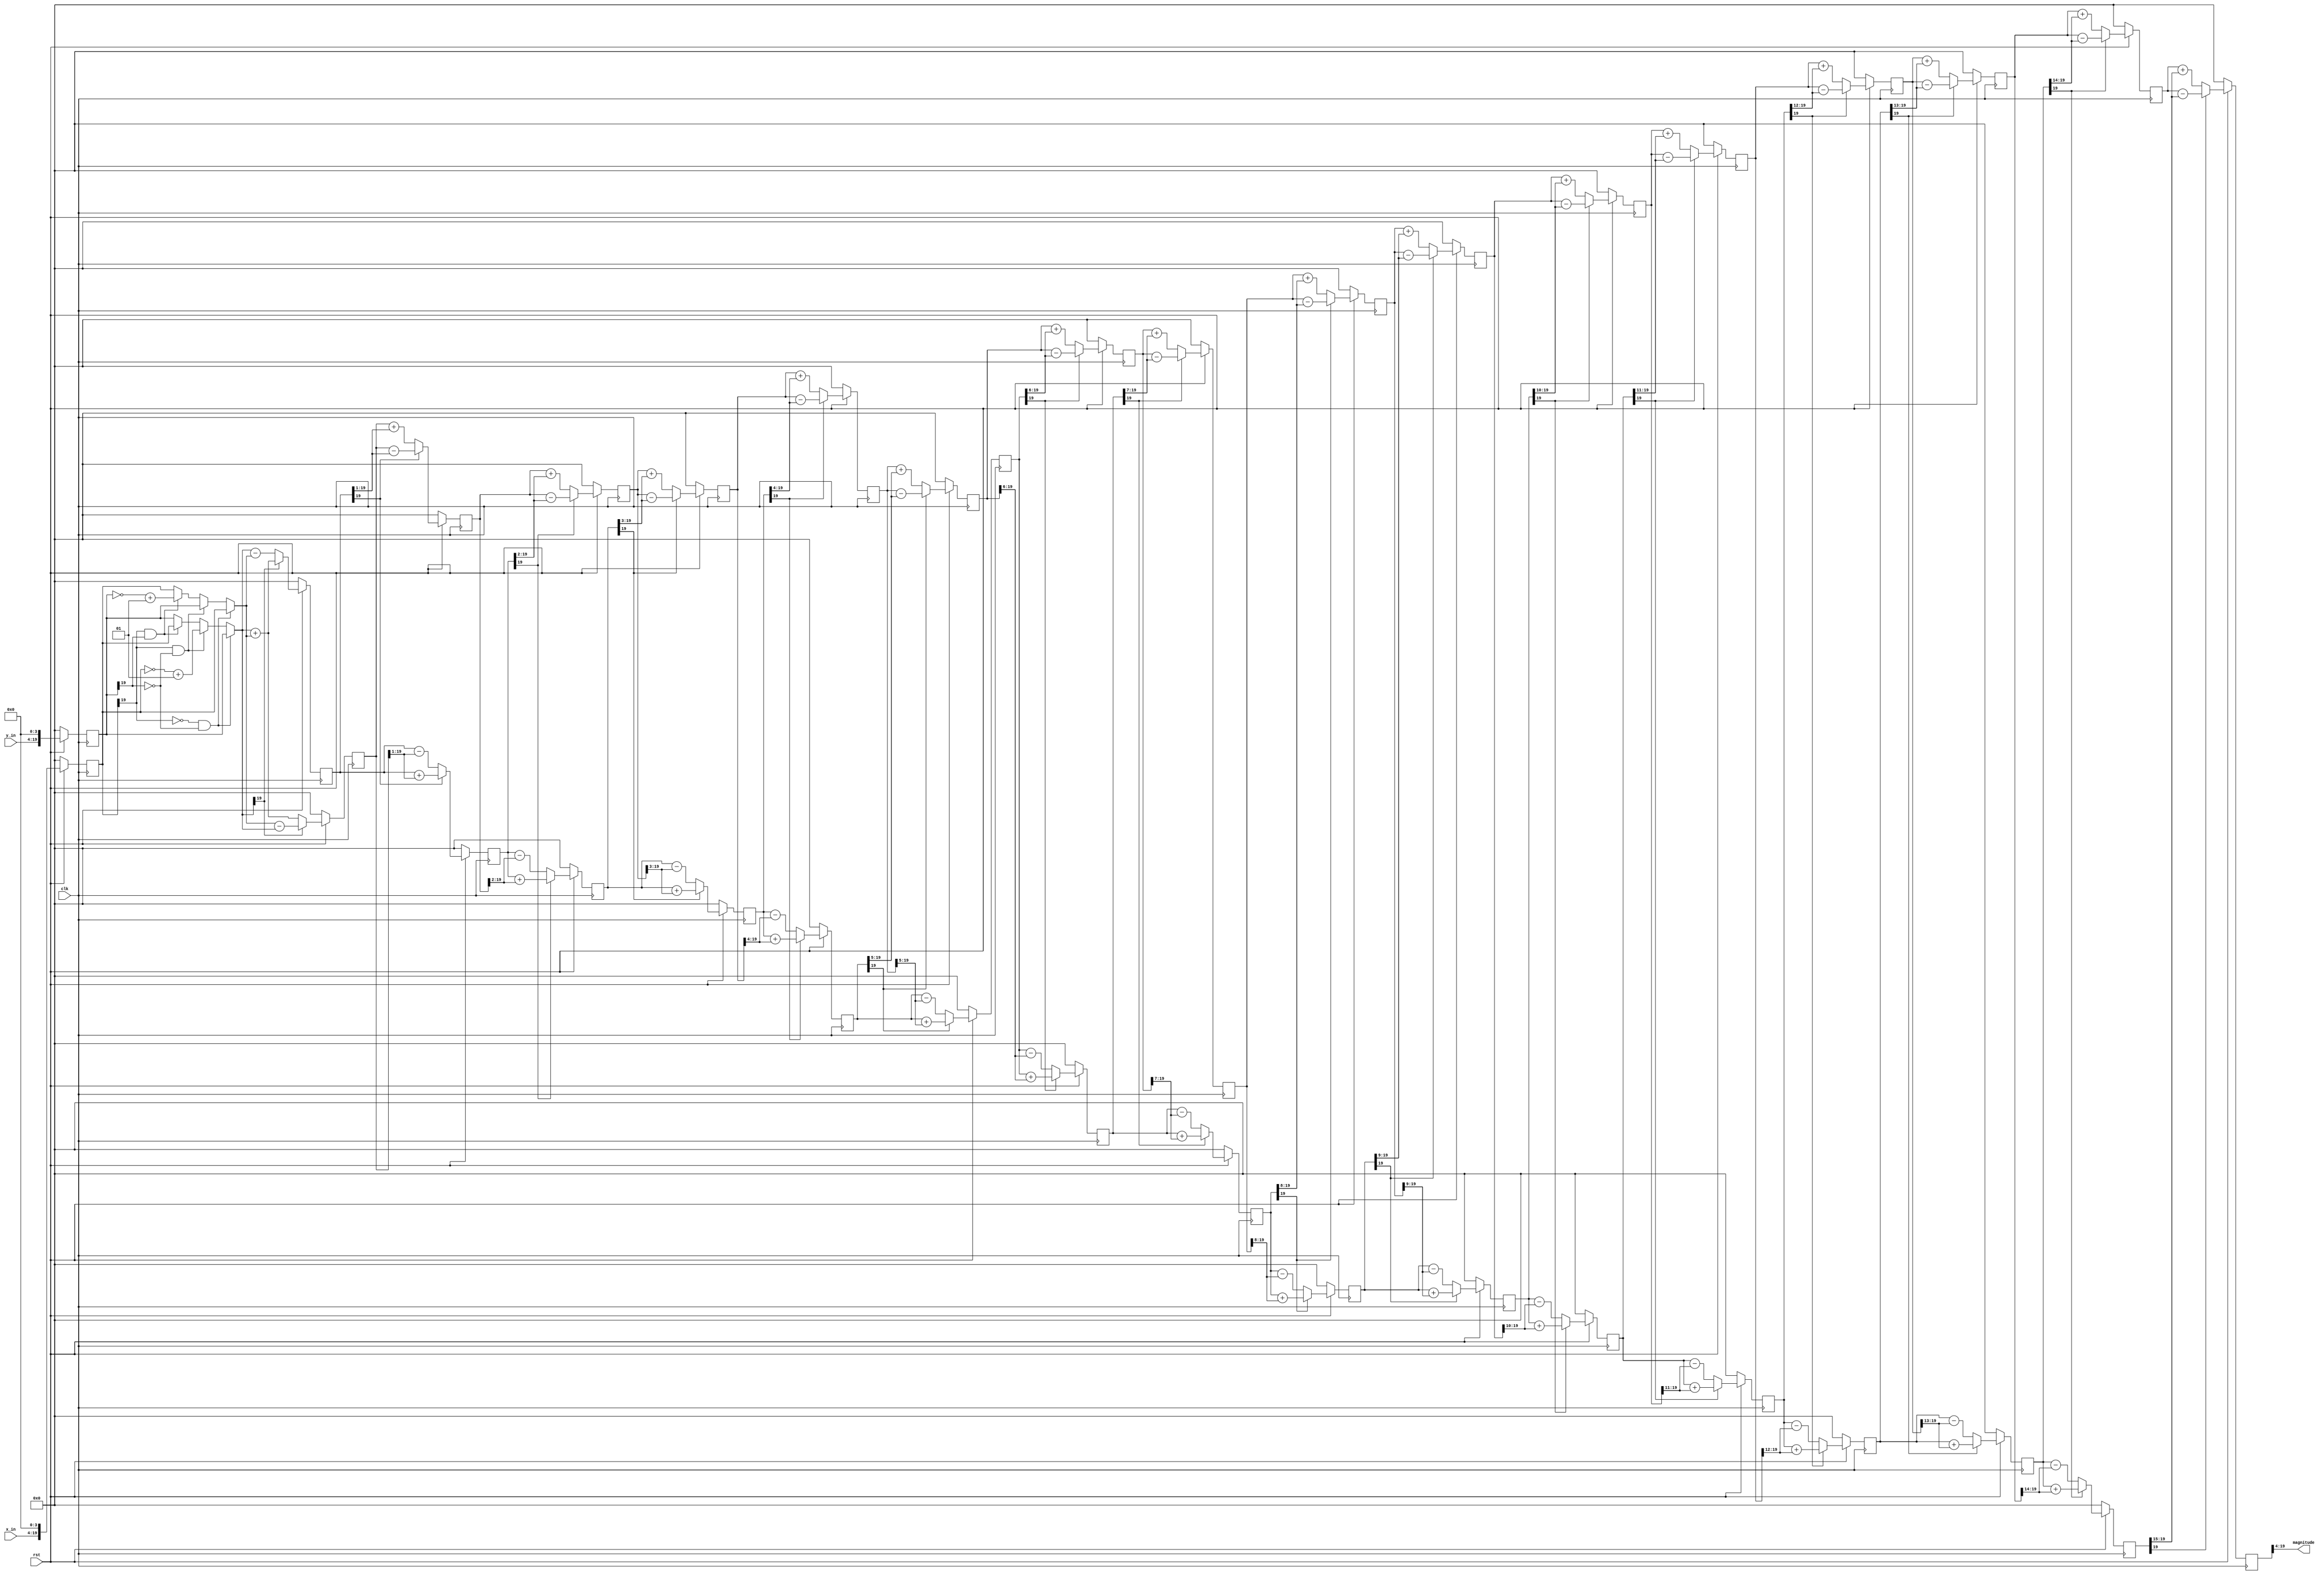
module vector_cordic(clk, rst, x_in, y_in, magnitude);
	input clk, rst;
	input 	signed 	[15:0] x_in, y_in;
	output 	[15:0] magnitude;
	
	//wire or reg declaration
	
	
	reg	signed 	[19:0] x_mux[15:0], y_mux[15:0];
	reg signed  [19:0] x_in_r, y_in_r;
	reg signed  [19:0] x_w[15:0], y_w[15:0];
	reg signed  [19:0] x_r[15:0], y_r[15:0];
	
	
	wire signed [19:0] x_in2,y_in2;
	assign x_in2 = {x_in,4'b0};
	assign y_in2 = {y_in,4'b0};
	
	assign magnitude = x_r[15][19:4];
	
	integer i;
	
	//combinational circuit
	always @(*) begin
		//stage 1
		if(x_in_r[19]==0&&y_in_r[19]==0) begin		//the 1st quadrant
			x_mux[0] = x_in_r;
			y_mux[0] = y_in_r;
		end
		else if(x_in_r[19]==1&&y_in_r[19]==0) begin	//the 2nd quadrant
			x_mux[0] = y_in_r;
			y_mux[0] = ~x_in_r + 1;
		end
		else if(x_in_r[19]==1&&y_in_r[19]==1) begin	//the 3rd quadrant
			x_mux[0] = ~y_in_r + 1;
			y_mux[0] = x_in_r;
		end
		else begin								//the 4th quadrant
			x_mux[0] = x_in_r;
			y_mux[0] = y_in_r;
		end
		
		
		if(y_mux[0][19]==1) begin
			x_w[0] = x_mux[0] - (y_mux[0] >>> 0);
			y_w[0] = y_mux[0] + (x_mux[0] >>> 0);
		end
		else begin
			x_w[0] = x_mux[0] + (y_mux[0] >>> 0);
			y_w[0] = y_mux[0] - (x_mux[0] >>> 0);
		end
		
		//stage 2
		x_mux[1] = x_r[0];
		y_mux[1] = y_r[0];
		
		if(y_mux[1][19]==1) begin
			x_w[1] = x_mux[1] - (y_mux[1] >>> 1);
			y_w[1] = y_mux[1] + (x_mux[1] >>> 1);
		end
		else begin
			x_w[1] = x_mux[1] + (y_mux[1] >>> 1);
			y_w[1] = y_mux[1] - (x_mux[1] >>> 1);
		end
		
		//stage 3
		x_mux[2] = x_r[1];
		y_mux[2] = y_r[1];
		
		if(y_mux[2][19]==1) begin
			x_w[2] = x_mux[2] - (y_mux[2] >>> 2);
			y_w[2] = y_mux[2] + (x_mux[2] >>> 2);
		end
		else begin
			x_w[2] = x_mux[2] + (y_mux[2] >>> 2);
			y_w[2] = y_mux[2] - (x_mux[2] >>> 2);
		end
		
		//stage 4
		x_mux[3] = x_r[2];
		y_mux[3] = y_r[2];
		
		if(y_mux[3][19]==1) begin
			x_w[3] = x_mux[3] - (y_mux[3] >>> 3);
			y_w[3] = y_mux[3] + (x_mux[3] >>> 3);
		end
		else begin
			x_w[3] = x_mux[3] + (y_mux[3] >>> 3);
			y_w[3] = y_mux[3] - (x_mux[3] >>> 3);
		end
		
		//stage 5
		x_mux[4] = x_r[3];
		y_mux[4] = y_r[3];
		
		if(y_mux[4][19]==1) begin
			x_w[4] = x_mux[4] - (y_mux[4] >>> 4);
			y_w[4] = y_mux[4] + (x_mux[4] >>> 4);
		end
		else begin
			x_w[4] = x_mux[4] + (y_mux[4] >>> 4);
			y_w[4] = y_mux[4] - (x_mux[4] >>> 4);
		end
		
		//stage 6
		x_mux[5] = x_r[4];
		y_mux[5] = y_r[4];
		
		if(y_mux[5][19]==1) begin
			x_w[5] = x_mux[5] - (y_mux[5] >>> 5);
			y_w[5] = y_mux[5] + (x_mux[5] >>> 5);
		end
		else begin
			x_w[5] = x_mux[5] + (y_mux[5] >>> 5);
			y_w[5] = y_mux[5] - (x_mux[5] >>> 5);
		end
		
		//stage 7
		x_mux[6] = x_r[5];
		y_mux[6] = y_r[5];
		
		if(y_mux[6][19]==1) begin
			x_w[6] = x_mux[6] - (y_mux[6] >>> 6);
			y_w[6] = y_mux[6] + (x_mux[6] >>> 6);
		end
		else begin
			x_w[6] = x_mux[6] + (y_mux[6] >>> 6);
			y_w[6] = y_mux[6] - (x_mux[6] >>> 6);
		end
		
		//stage 8
		x_mux[7] = x_r[6];
		y_mux[7] = y_r[6];
		
		if(y_mux[7][19]==1) begin
			x_w[7] = x_mux[7] - (y_mux[7] >>> 7);
			y_w[7] = y_mux[7] + (x_mux[7] >>> 7);
		end
		else begin
			x_w[7] = x_mux[7] + (y_mux[7] >>> 7);
			y_w[7] = y_mux[7] - (x_mux[7] >>> 7);
		end
		
		//stage 9
		x_mux[8] = x_r[7];
		y_mux[8] = y_r[7];
		
		if(y_mux[8][19]==1) begin
			x_w[8] = x_mux[8] - (y_mux[8] >>> 8);
			y_w[8] = y_mux[8] + (x_mux[8] >>> 8);
		end
		else begin
			x_w[8] = x_mux[8] + (y_mux[8] >>> 8);
			y_w[8] = y_mux[8] - (x_mux[8] >>> 8);
		end
		
		//stage 10
		x_mux[9] = x_r[8];
		y_mux[9] = y_r[8];
		
		if(y_mux[9][19]==1) begin
			x_w[9] = x_mux[9] - (y_mux[9] >>> 9);
			y_w[9] = y_mux[9] + (x_mux[9] >>> 9);
		end
		else begin
			x_w[9] = x_mux[9] + (y_mux[9] >>> 9);
			y_w[9] = y_mux[9] - (x_mux[9] >>> 9);
		end
		
		//stage 11
		x_mux[10] = x_r[9];
		y_mux[10] = y_r[9];
		
		if(y_mux[10][19]==1) begin
			x_w[10] = x_mux[10] - (y_mux[10] >>> 10);
			y_w[10] = y_mux[10] + (x_mux[10] >>> 10);
		end
		else begin
			x_w[10] = x_mux[10] + (y_mux[10] >>> 10);
			y_w[10] = y_mux[10] - (x_mux[10] >>> 10);
		end
		
		//stage 12
		x_mux[11] = x_r[10];
		y_mux[11] = y_r[10];
		
		if(y_mux[11][19]==1) begin
			x_w[11] = x_mux[11] - (y_mux[11] >>> 11);
			y_w[11] = y_mux[11] + (x_mux[11] >>> 11);
		end
		else begin
			x_w[11] = x_mux[11] + (y_mux[11] >>> 11);
			y_w[11] = y_mux[11] - (x_mux[11] >>> 11);
		end		
		//stage 13
		x_mux[12] = x_r[11];
		y_mux[12] = y_r[11];
		
		if(y_mux[12][19]==1) begin
			x_w[12] = x_mux[12] - (y_mux[12] >>> 12);
			y_w[12] = y_mux[12] + (x_mux[12] >>> 12);
		end
		else begin
			x_w[12] = x_mux[12] + (y_mux[12] >>> 12);
			y_w[12] = y_mux[12] - (x_mux[12] >>> 12);
		end		
		//stage 14
		x_mux[13] = x_r[12];
		y_mux[13] = y_r[12];
		
		if(y_mux[13][19]==1) begin
			x_w[13] = x_mux[13] - (y_mux[13] >>> 13);
			y_w[13] = y_mux[13] + (x_mux[13] >>> 13);
		end
		else begin
			x_w[13] = x_mux[13] + (y_mux[13] >>> 13);
			y_w[13] = y_mux[13] - (x_mux[13] >>> 13);
		end		
		//stage 15
		x_mux[14] = x_r[13];
		y_mux[14] = y_r[13];
		
		if(y_mux[14][19]==1) begin
			x_w[14] = x_mux[14] - (y_mux[14] >>> 14);
			y_w[14] = y_mux[14] + (x_mux[14] >>> 14);
		end
		else begin
			x_w[14] = x_mux[14] + (y_mux[14] >>> 14);
			y_w[14] = y_mux[14] - (x_mux[14] >>> 14);
		end		
		//stage 16
		x_mux[15] = x_r[14];
		y_mux[15] = y_r[14];
		
		if(y_mux[15][19]==1) begin
			x_w[15] = x_mux[15] - (y_mux[15] >>> 15);
			y_w[15] = y_mux[15] + (x_mux[15] >>> 15);
		end
		else begin
			x_w[15] = x_mux[15] + (y_mux[15] >>> 15);
			y_w[15] = y_mux[15] - (x_mux[15] >>> 15);
		end
	end
	
	//sequential circuit
	always@ (posedge clk) begin
		if(~rst) begin
			x_in_r <= 0;
			y_in_r <= 0;
			for(i=0;i<16;i=i+1) begin
			x_r[i] <= 0;
			y_r[i] <= 0;
			end
		end
		else begin
			x_in_r <= x_in2;
			y_in_r <= y_in2;
			for(i=0;i<16;i=i+1) begin
			x_r[i] <= x_w[i];
			y_r[i] <= y_w[i];
			end
		end
	end
endmodule